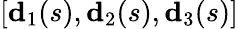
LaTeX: [\mathbf{d}_{1}(s),\mathbf{d}_{2}(s),\mathbf{d}_{3}(s)]